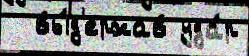
  вы́д'ержав уда́р